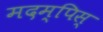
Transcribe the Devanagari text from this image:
मदम्पिस्